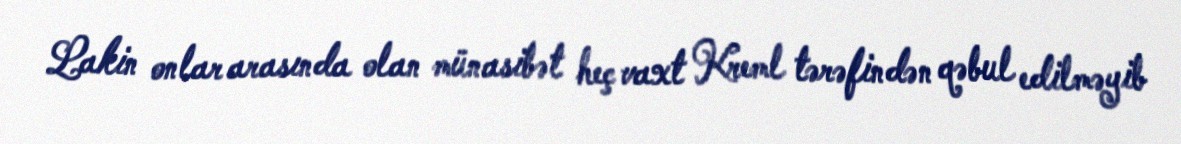
Lakin onlar arasında olan münasibət heç vaxt Kreml tərəfindən qəbul edilməyib